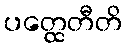
ပတ္ထေတီတိ